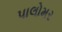
પાલોમર